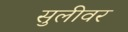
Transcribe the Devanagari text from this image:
सुलीवर